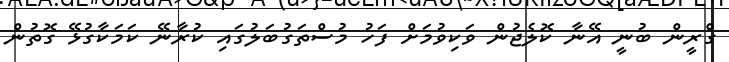
ގްރީން ބުނީ އޭނާ ކޮލެޖުން ވަކިވުމަށް ފަހު މުސްތަގުބަލުގައި ކުރާނޭ ކަމަކާގުޅޭ ގޮތުން